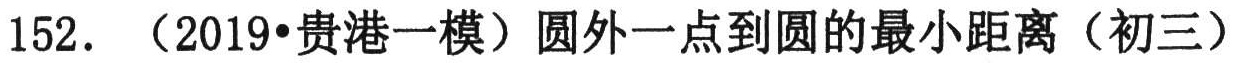
152. （2019•贵港一模）圆外一点到圆的最小距离（初三）